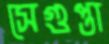
সেগুপ্তা